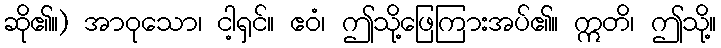
ဆို၏။) အာဝုသော၊ ငါ့ရှင်။ ဧဝံ၊ ဤသို့ဖြေကြားအပ်၏။ ဣတိ၊ ဤသို့။